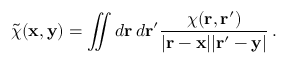
\tilde { \chi } ( { \bf x } , { \bf y } ) = \iint d { \bf r } \, d { \bf r ^ { \prime } } \frac { \chi ( { \bf r } , { \bf r ^ { \prime } } ) } { | { \bf r } - { \bf x } | | { \bf r } ^ { \prime } - { \bf y } | } \, .